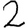
Digit: 2